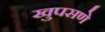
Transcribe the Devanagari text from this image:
खुपसणे